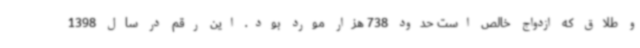
و طلاق که ازدواج خالص است حدود 738 هزار مورد بود. این رقم در سال 1398